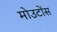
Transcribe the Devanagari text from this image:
मोउटोंस